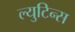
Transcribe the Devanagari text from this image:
ल्युटिन्स